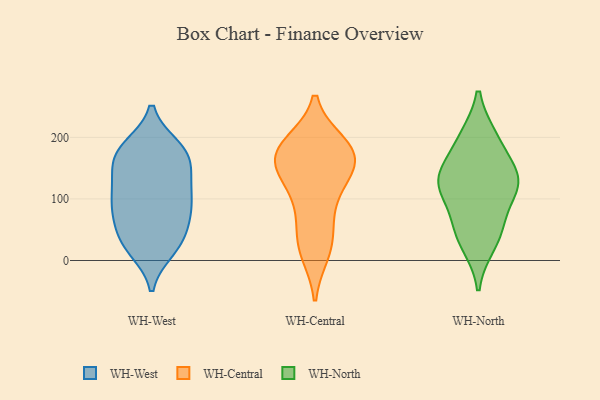
{"axis": {"x": "LTV (USD)", "y": "Value"}, "legend": ["WH-Central", "WH-North", "WH-West"], "data": [{"x": "", "y": 123, "type": "WH-West"}, {"x": "", "y": 57, "type": "WH-West"}, {"x": "", "y": 84, "type": "WH-West"}, {"x": "", "y": 162, "type": "WH-West"}, {"x": "", "y": 184, "type": "WH-West"}, {"x": "", "y": 106, "type": "WH-West"}, {"x": "", "y": 83, "type": "WH-West"}, {"x": "", "y": 165, "type": "WH-West"}, {"x": "", "y": 25, "type": "WH-West"}, {"x": "", "y": 29, "type": "WH-West"}, {"x": "", "y": 138, "type": "WH-West"}, {"x": "", "y": 81, "type": "WH-West"}, {"x": "", "y": 103, "type": "WH-West"}, {"x": "", "y": 61, "type": "WH-West"}, {"x": "", "y": 24, "type": "WH-West"}, {"x": "", "y": 181, "type": "WH-West"}, {"x": "", "y": 182, "type": "WH-West"}, {"x": "", "y": 131, "type": "WH-West"}, {"x": "", "y": 174, "type": "WH-West"}, {"x": "", "y": 18, "type": "WH-West"}, {"x": "", "y": 179, "type": "WH-Central"}, {"x": "", "y": 139, "type": "WH-Central"}, {"x": "", "y": 134, "type": "WH-Central"}, {"x": "", "y": 77, "type": "WH-Central"}, {"x": "", "y": 39, "type": "WH-Central"}, {"x": "", "y": 185, "type": "WH-Central"}, {"x": "", "y": 158, "type": "WH-Central"}, {"x": "", "y": 180, "type": "WH-Central"}, {"x": "", "y": 189, "type": "WH-Central"}, {"x": "", "y": 156, "type": "WH-Central"}, {"x": "", "y": 14, "type": "WH-Central"}, {"x": "", "y": 20, "type": "WH-Central"}, {"x": "", "y": 99, "type": "WH-Central"}, {"x": "", "y": 170, "type": "WH-Central"}, {"x": "", "y": 125, "type": "WH-North"}, {"x": "", "y": 127, "type": "WH-North"}, {"x": "", "y": 61, "type": "WH-North"}, {"x": "", "y": 198, "type": "WH-North"}, {"x": "", "y": 196, "type": "WH-North"}, {"x": "", "y": 121, "type": "WH-North"}, {"x": "", "y": 49, "type": "WH-North"}, {"x": "", "y": 141, "type": "WH-North"}, {"x": "", "y": 129, "type": "WH-North"}, {"x": "", "y": 28, "type": "WH-North"}]}